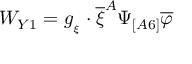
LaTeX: W _ { Y 1 } = g _ { _ { \xi } } \cdot \overline { { { \xi } } } ^ { A } \Psi _ { [ A 6 ] } \overline { { { \varphi } } }